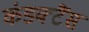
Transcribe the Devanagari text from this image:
कंडक्टैंस